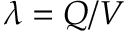
\lambda = Q / V